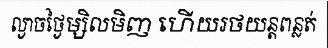
ល្ងាចថ្ងៃម្សិលមិញ ហើយរថយន្តពន្លត់